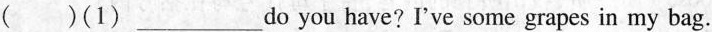
()(1)___do you have? I've some grapes in my bag.